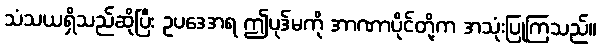
သံသယရှိသည်ဆိုပြီး ဥပဒေအရ ဤပုဒ်မကို အာဏာပိုင်တို့က အသုံးပြုကြသည်။